65_HS1-834228961_62-HQ-83894_Section_5
Agency: FBI
Page 66
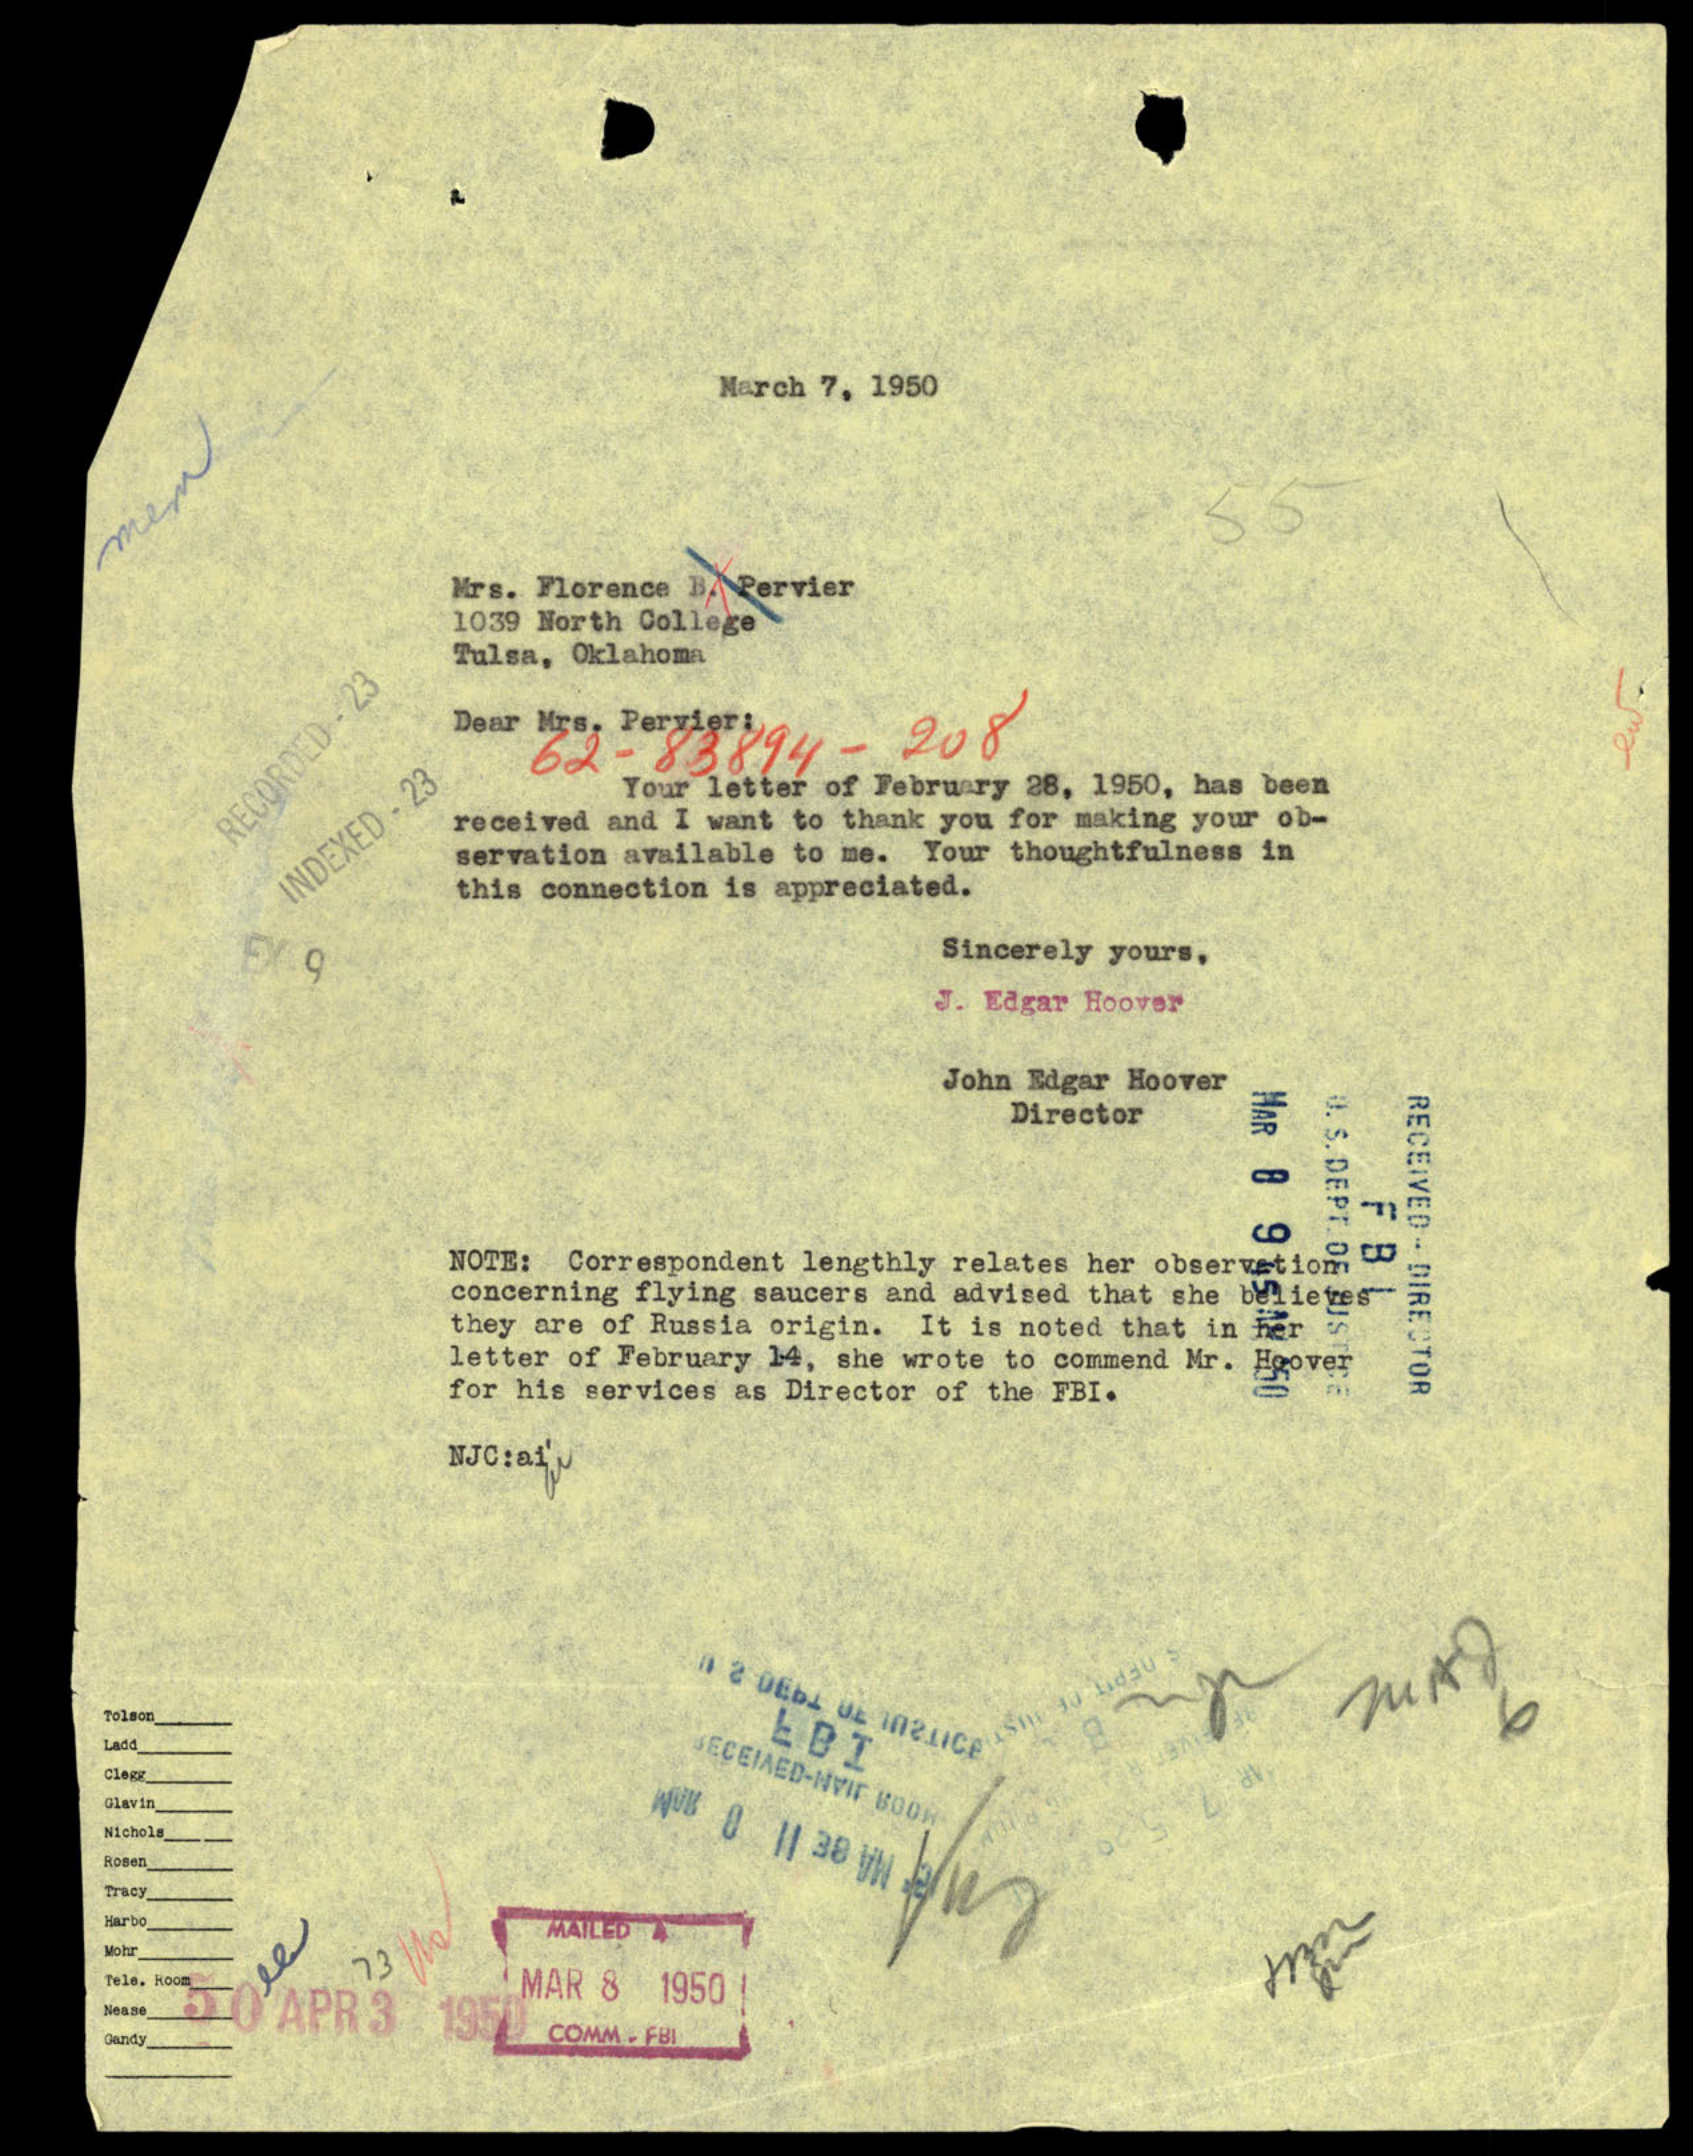